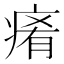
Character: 𤷤